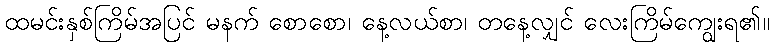
ထမင်းနှစ်ကြိမ်အပြင် မနက် စောစော၊ နေ့လယ်စာ၊ တနေ့လျှင် လေးကြိမ်ကျွေးရ၏။